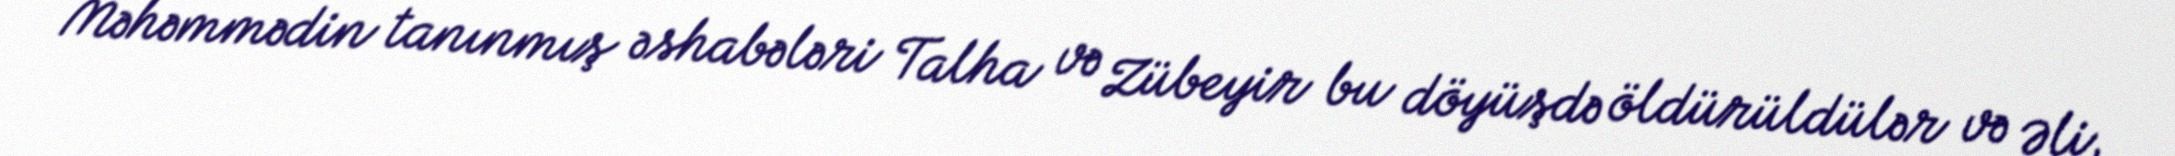
Məhəmmədin tanınmış əshabələri Talha və Zübeyir bu döyüşdə öldürüldülər və Əli,